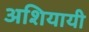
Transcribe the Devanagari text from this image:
अशियायी